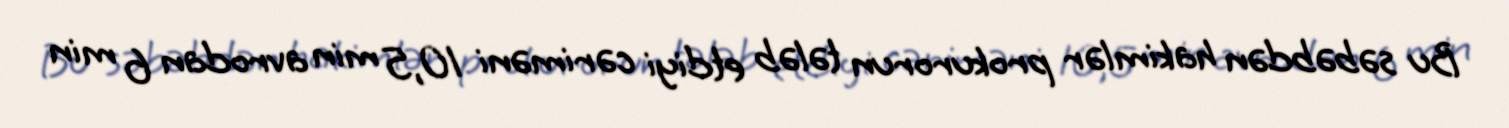
Bu səbəbdən hakimlər prokurorun tələb etdiyi cəriməni 10,5 min avrodan 6 min